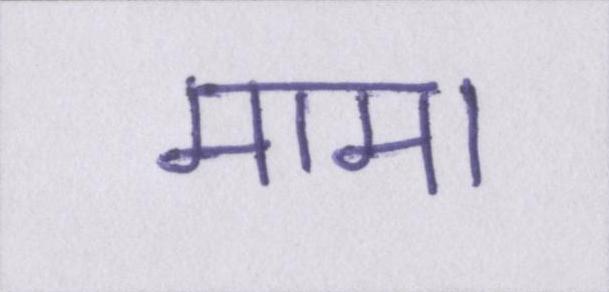
मामा